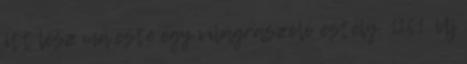
itt lesz ma este egy világraszóló estély. 1261. Új